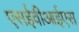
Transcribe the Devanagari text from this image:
एसईवीआईएस